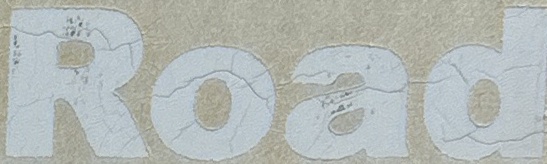
Road